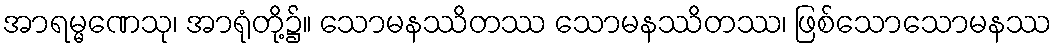
အာရမ္မဏေသု၊ အာရုံတို့၌။ သောမနဿိတဿ သောမနဿိတဿ၊ ဖြစ်သောသောမနဿ